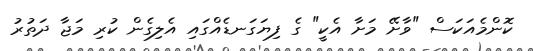
ކޮންމެއަކަސް "ވާށޭ މަށާ އެކީ" ގެ ފިޔަގަނޑެއްގައި އެލިގެން ކުރި މަޖާ ދަތުރު